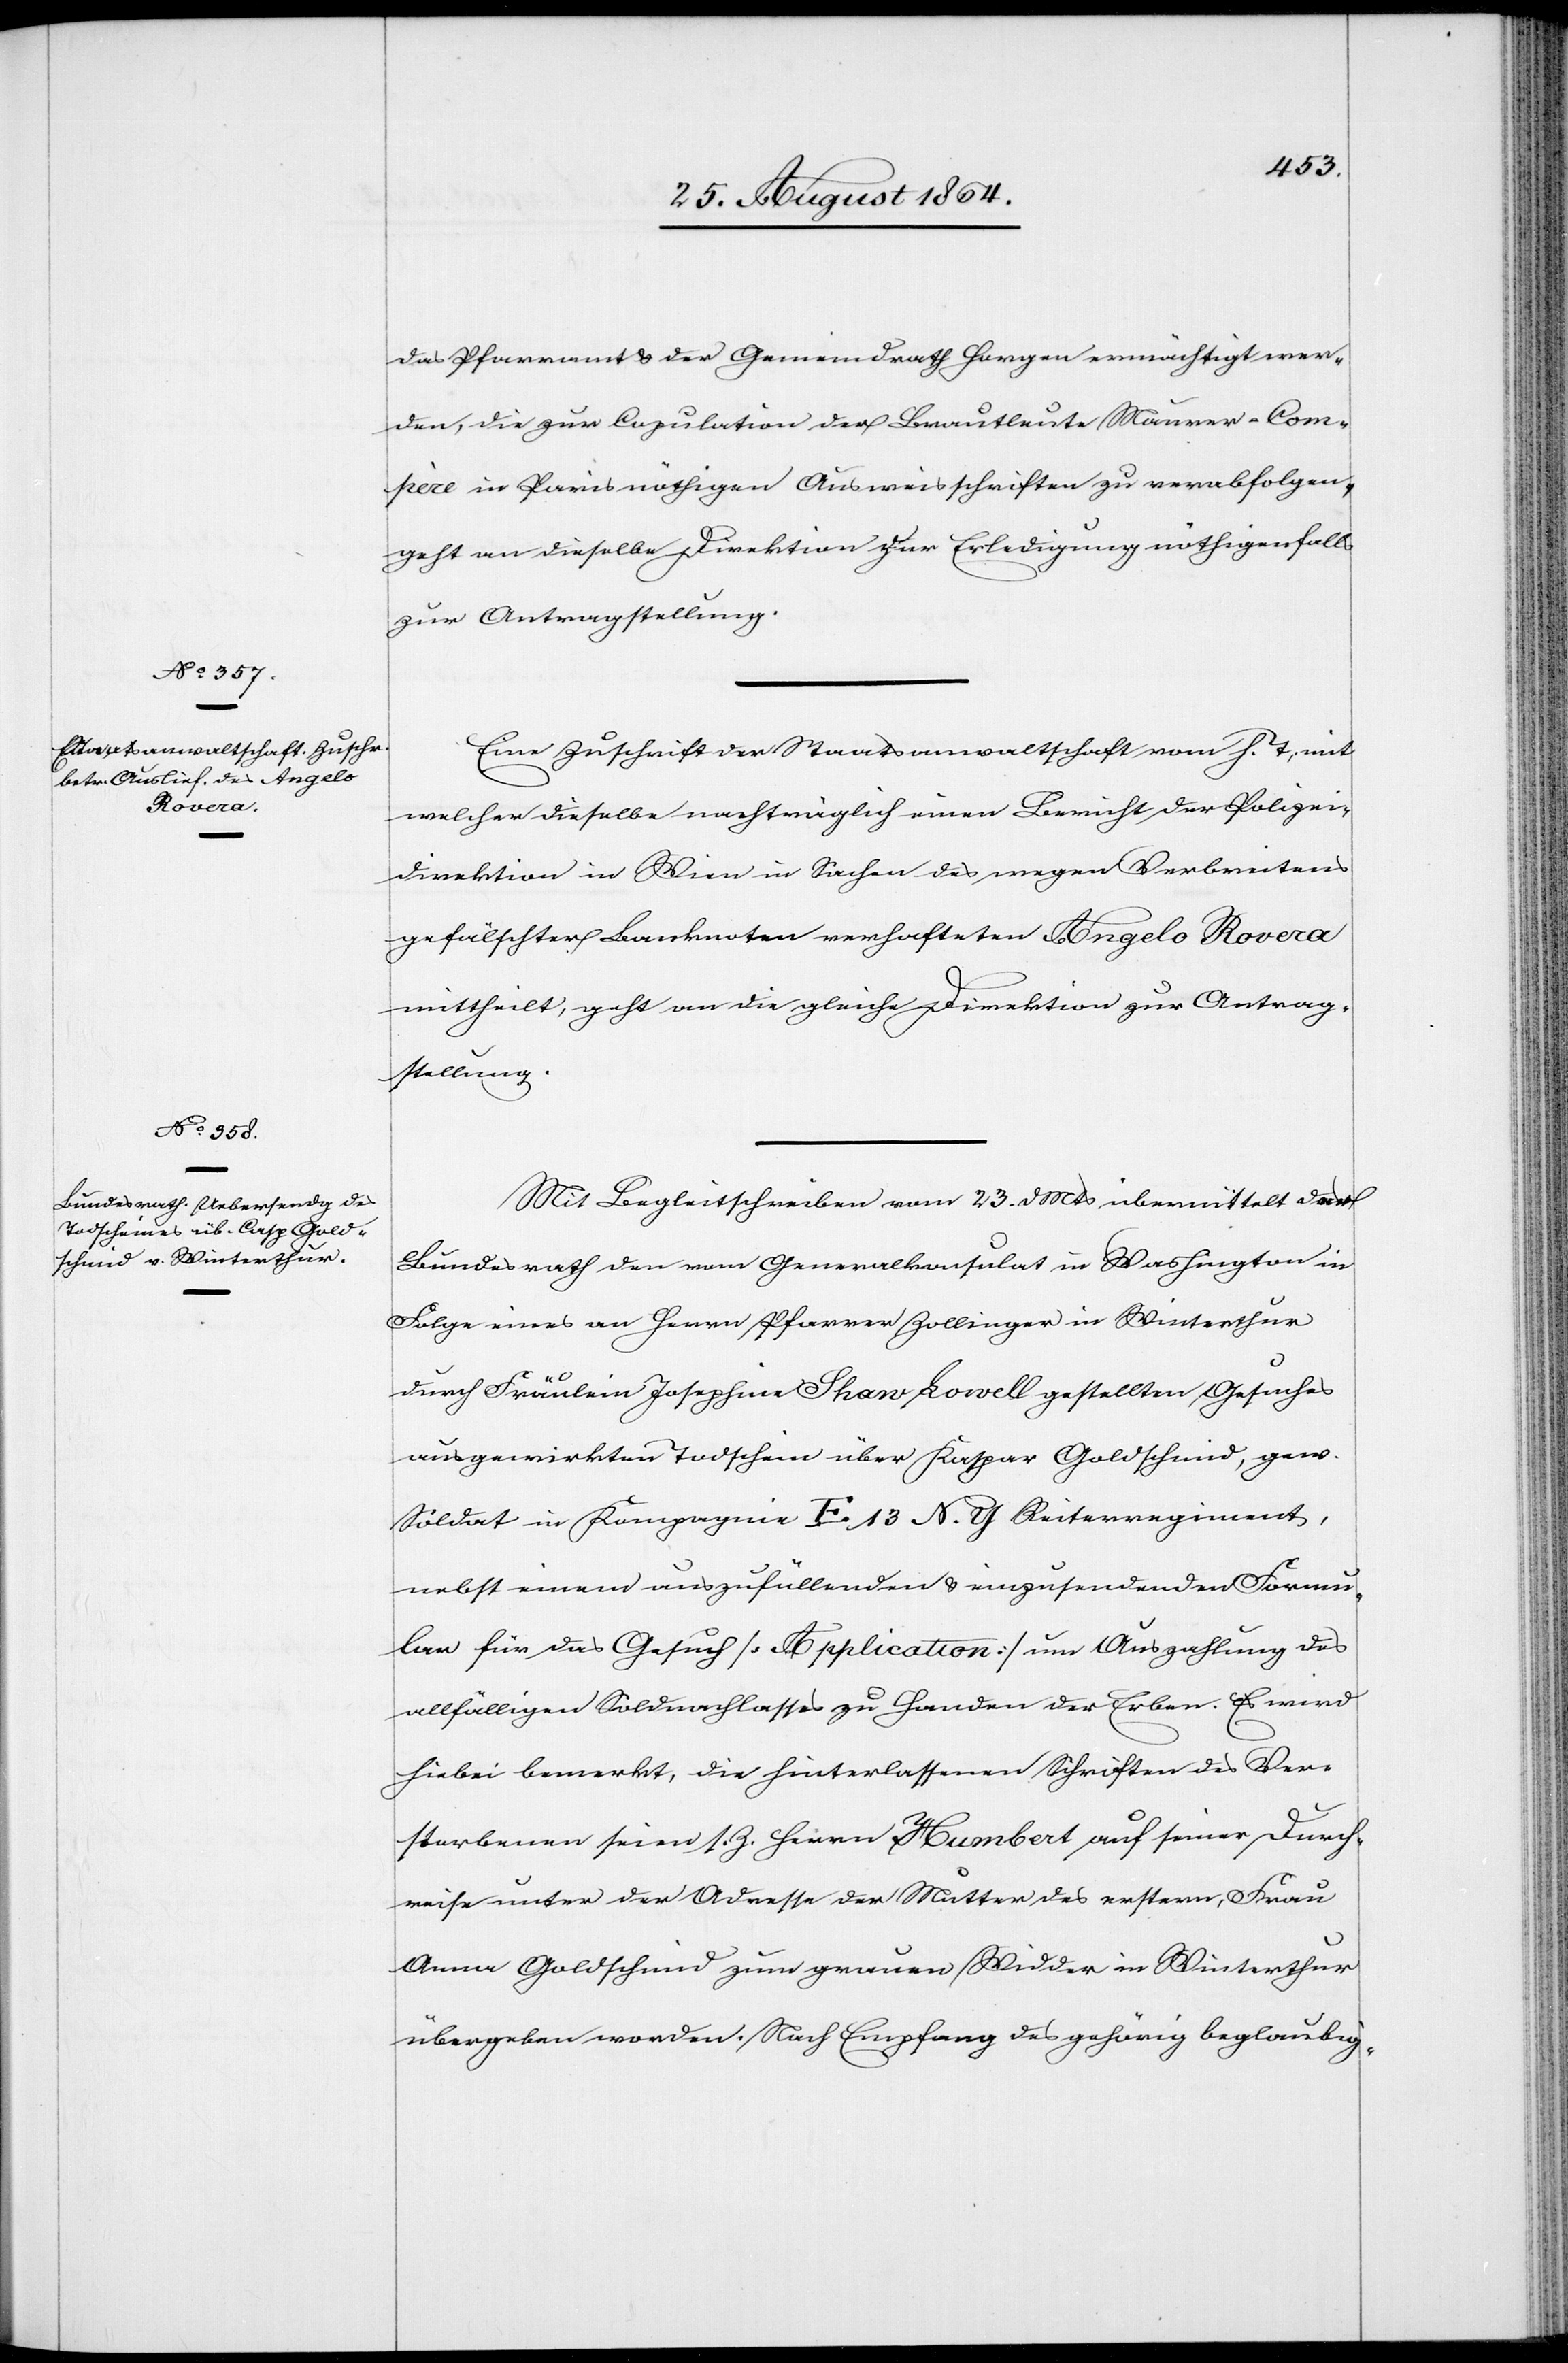
27. August 1864.]
das Pfarramt & der Gemeindrath Horgen ermächtigt wer¬
den, die zur Copulation der Brautleute Maurer-Com¬
père in Paris nöthigen Ausweisschriften zu verabfolgen,
geht an dieselbe Direktion zur Erledigung nöthigenfalls
zur Antragstellung.
Eine Zuschrift der Staatsanwaltschaft vom h. T., mit
welcher dieselbe nachträglich einen Bericht der Polizei¬
direktion in Wien in Sachen des wegen Verbreitens
gefälschter Banknoten verhafteten Angelo Rovera
mittheilt, geht an die gleiche Direktion zur Antrag¬
stellung.
Mit Begleitschreiben vom 23. d. Mts übermittelt der
Bundesrath den vom Generalkonsulat in Washington in
Folge eines an Herrn Pfarrer Zollinger in Winterthur
durch Fräulein Josephine Shaw Bowell gestellten Gesuches
ausgewirkten Todschein über Kaspar Goldscheid, gew.
Soldat in Kompagnie E. 13 N. Y. Reiterregiment,
nebst einem auszufüllenden & einzusendenden Formu¬
lar für das Gesuch [Application] um Auszahlung des
allfälligen Soldnachlasses zu Handen der Erben. Es wird
hiebei bemerkt, die hinterlassenen Schriften des Ver¬
storbenen seien s. Z. Herrn Humbert auf seiner Durch¬
reise unter der Adresse der Mutter des erstern, Frau
Anna Goldscheid zum grauen Widder in Winterthur
übergeben worden. Nach Empfang des gehörig beglaubig-